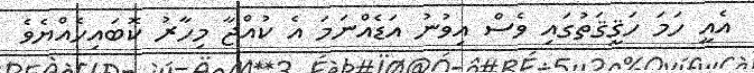
އެއީ ހަމަ ހަޤީޤަތުގައި ވެސް އިވުނު އަޑެއްނަމަ އެ ކުއްޖާ މިހާރު ކޮބައިހެއްޔެވެ